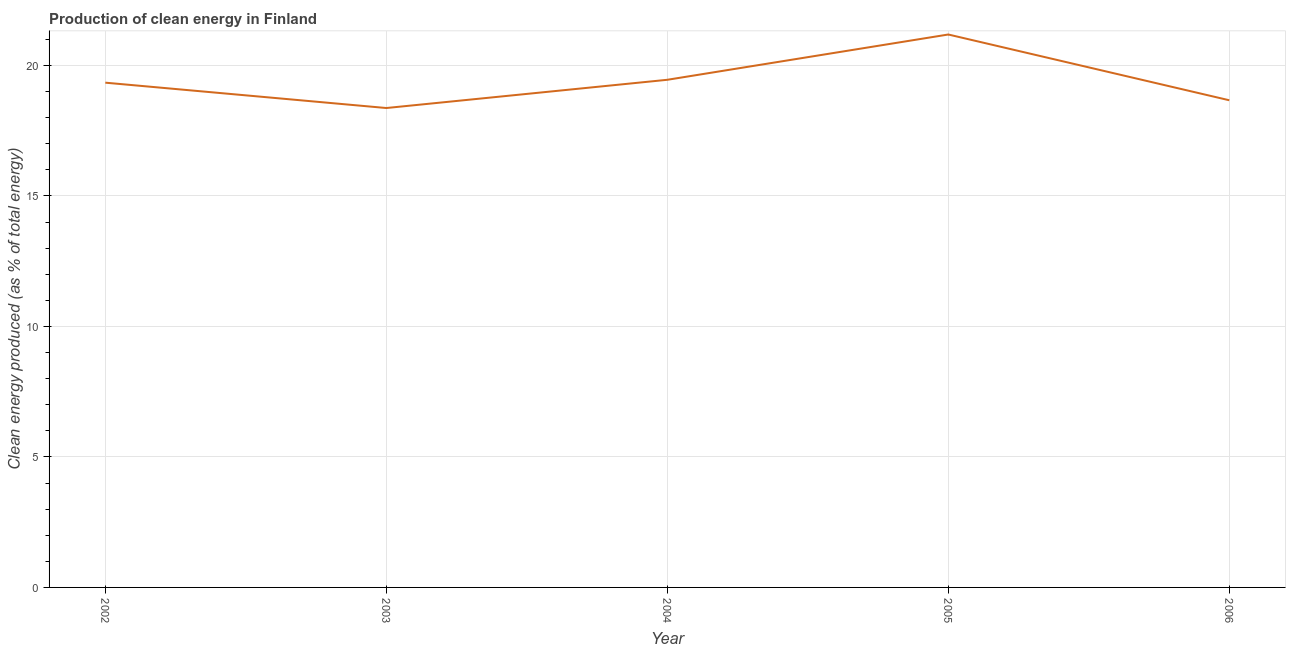
| Year | Alternative and nuclear energy |
 | --- | --- |
 | 2002 | 19.3 |
 | 2003 | 18.4 |
 | 2004 | 19.5 |
 | 2005 | 21.2 |
 | 2006 | 18.7 |